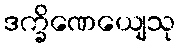
ဒက္ခိဏေယျေသု